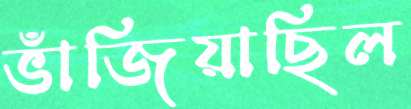
ভাঁজিয়াছিল